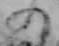
の